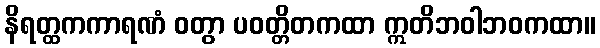
နိရတ္ထကကာရဏံ ဝတွာ ပဝတ္တိတကထာ ဣတိဘဝါဘဝကထာ။